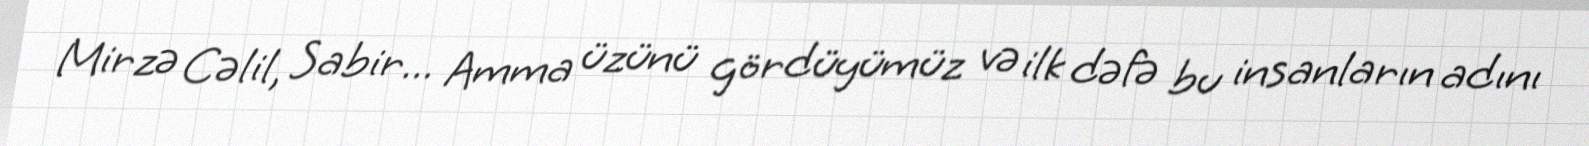
Mirzə Cəlil, Sabir... Amma üzünü gördüyümüz və ilk dəfə bu insanların adını